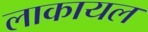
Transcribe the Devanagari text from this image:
लाकायल